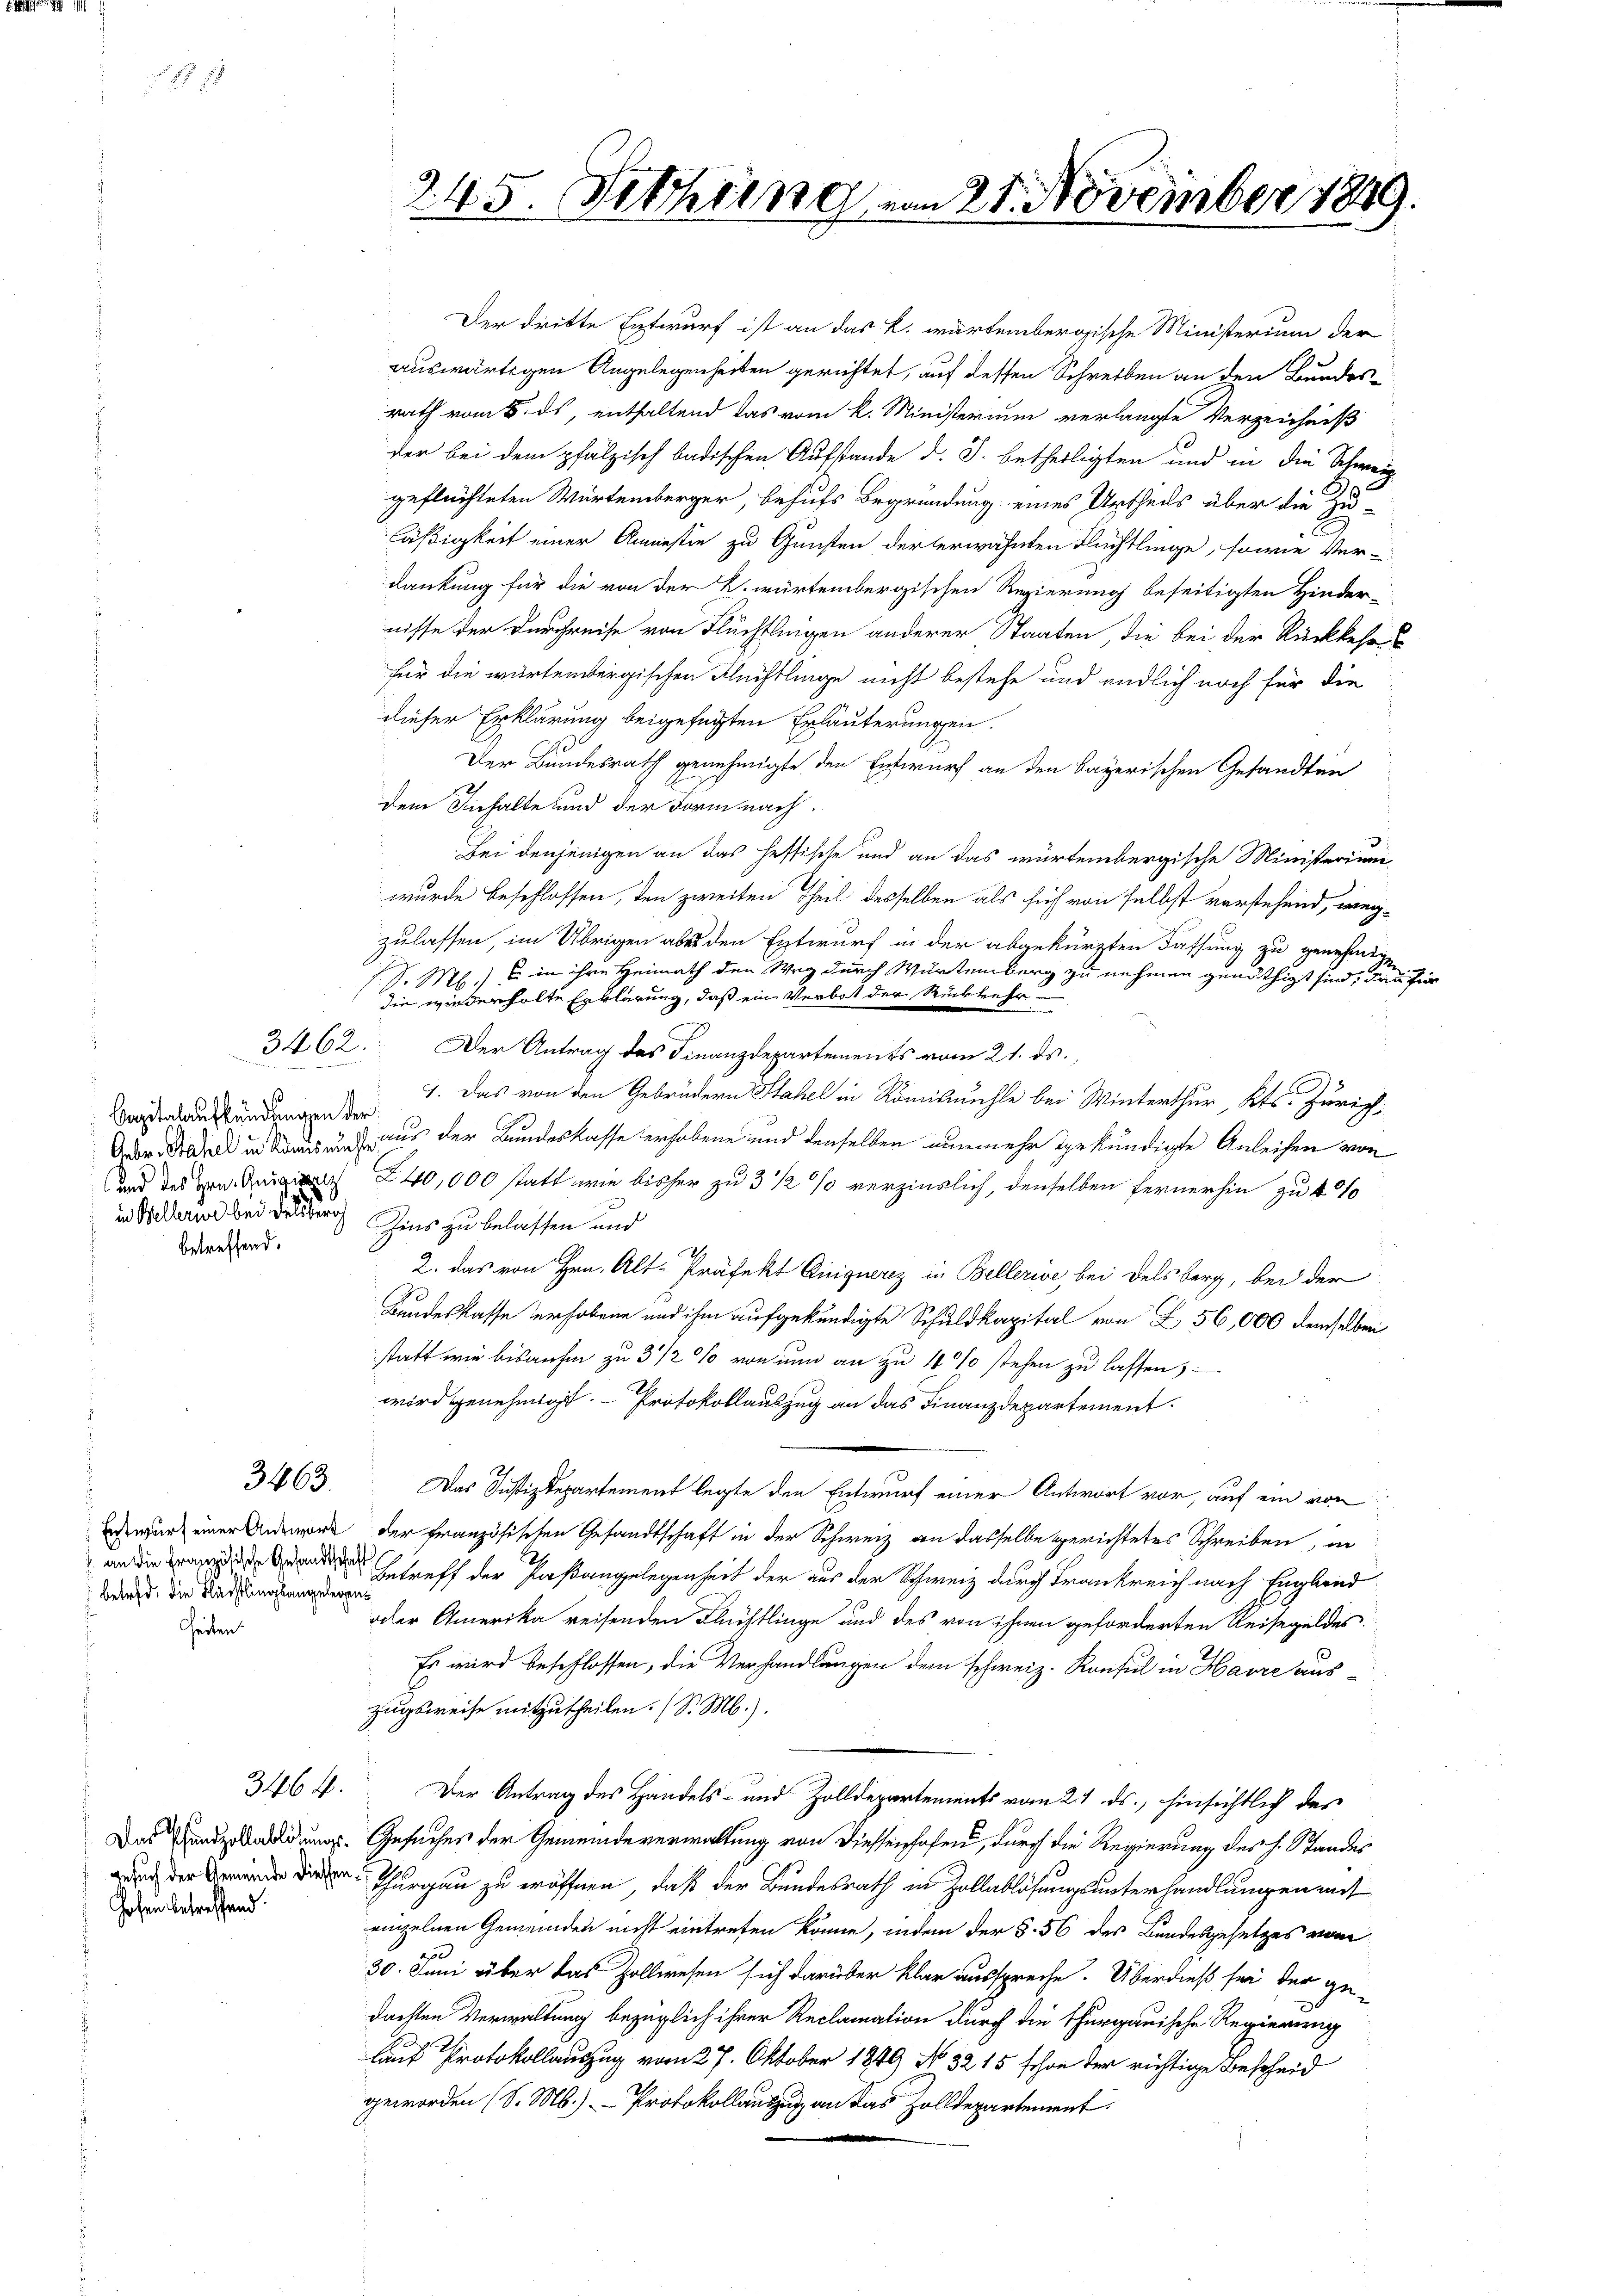
Capitalaufkündungen der
in Viellerie bei derer Zins zu belassen und
betreffend.

3462.

3463.

Entwurf einer Antwort
J. an die Französische Gesandtschaft
 betreff, die Flächtlingsangelegen¬
Heiten.

346 f.

Hohen betreffend.

245. Fethung vom 25. November 1840

Der dritte Entwurf ist an das k. wartembergische Ministerium der
auswärtigen Angelegenheiten gerichtet, auf dessen Schreiben an den Bundes-
rath vom 8. ds, enthaltend das vom k. Ministerium verlangte Verzeichniß
der bei dem pfalzisch badischen Aufstande d. J. betheiligten und in die Schweiz
geflüchteten Würtemberger, behufs Begründung eines Urtheils über die Zuläßigkeit einer Amnestie zu Gunsten der erwähnten Flüchtlinge, sowie Ver-
dankung für die von der k. würtembergischen Regierung beseitigten Hinder-
nisse der Durchreise von Flüchtlingen anderer Staaten, die bei der Rückkehr
für die wartenbergischen Flüchtlinge nicht bestehe und endlich noch für die
dieser Erklärung beigefügten Erläuterungen.
Der Bundesrath genehmigte den Entwurf an den Bayerischen Gesandten
dem Inhalte und der Form nach.
Bei denjenigen an das heftische und an das würtembergische Ministerium
wurde beschlossen, den zweiten Theil desselben als sich von selbst vorstehend, wegzulassen, im Übrigen aber den Entwurf in der abgekürzten Fassung zu genehmige
S. M. in ihre Heimath den Weg durch Würtemberg zu nehmen genöthigt sind, das für
die wiederholte Erklärung, daß ein Verbot der Rückkehr-
Der Antrag des Finanzdepartements vom 21. ds.
1. Das von den Gebrüdern Stahel in Romismühle bei Winterthur, Kts. Zürich¬
Ger. Stand in Banus und aus der Bundeskasse erhobene und denselben nunmehr gekündigte Anleihen von
und des 240,000 statt wie bisher zu 3 1/2 % verzinslich, denselben fernerhin zu 4%
2. das von Hrn. Alt-Präfekt Einquerz in Bellerive, bei Delsberg, bei der
Kundeskasse erhobene und ihm aufgekündigte Schuldkapital von Z. 56,000 demselben
statt wie bisanhin zu 3 1/2 % von nun an zu 4 % stehen zu lassen,
wird genehmigt. Protokollauszug an das Finanzdepartement.
Das Justizdepartement legte den Entwurf einer Antwort vor, auf ein von
der französischen Gesandtschaft in der Schweiz an dasselbe gerichtetes Schreiben, in
2
Betreff der Paßangelegenheit der aus der Schweiz durch Frankreich nach England
oder Amerika reisenden Flüchtlinge und des von ihnen geforderten Reisegeldes.
Es wird beschlossen, die Verhandlungen dem schweiz. Konsul in Havre auszugsweise mitzutheilen. (S. M.).
Der Antrag des Handels- und Zolldepartements vom 24. ds., hinsichtlich des
Das anderladung Gesuches der Gemeindeverwaltung von Diessenhofen, durch die Regierung des H. Standes
 Thurgau zu eröffnen, daß der Bundesrath in Zollablösungsunterhandlungen mit
einzelnen Gemeinden nicht eintreten könne, indem der §. 56 des Bundesgesetzes vom
30. Juni über das Zollwesen sich darüber klar ausspreche. Überdieß sei der ge-
dachten Verwaltung bezüglich ihrer Reclamation durch die Thurgauische Regierung
lauf Protokollauszug vom 27. Oktober 1849 No. 3215 schon der richtige Bescheid
geworden (S. M.) Protokollauszug an das Holldepartement.